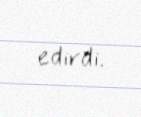
edirdi.